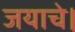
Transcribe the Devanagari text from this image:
जयाचे।